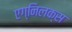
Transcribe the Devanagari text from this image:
एग्निलक्स